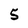
Character: 5